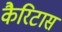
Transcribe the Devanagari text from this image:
कैरिटास